Tezpur Lunatic Asylum reports 1877-1894 - 1877-1894
Year: 1877
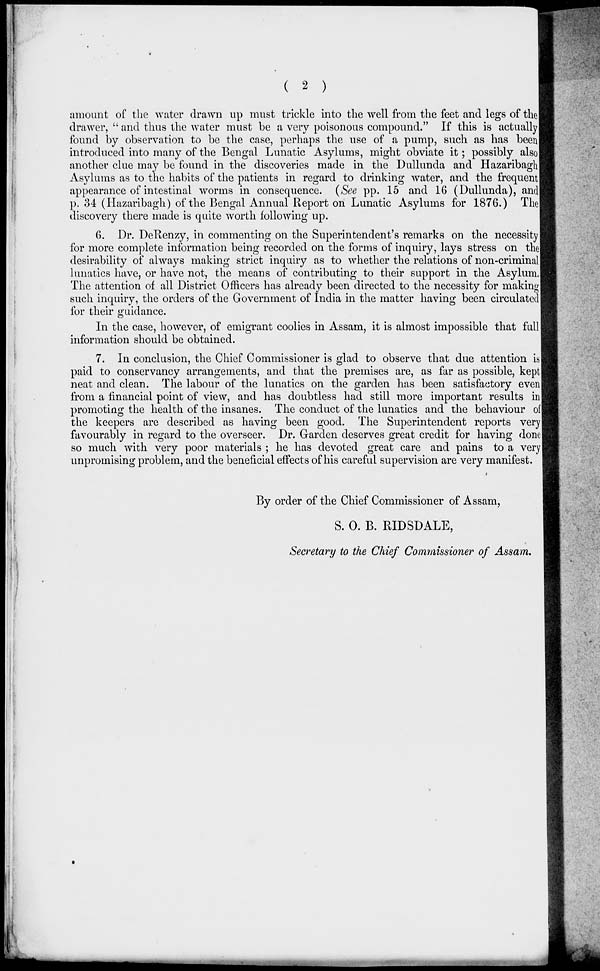
( 2 )
amount of the water drawn up must trickle into the well from the feet and legs of the
drawer, " and thus the water must be a very poisonous compound." If this is actually
found by observation to be the case, perhaps the use of a pump, such as has been
introduced into many of the Bengal Lunatic Asylums, might obviate it; possibly also
another clue may be found in the discoveries made in the Dullunda and Hazaribagh
Asylums as to the habits of the patients in regard to drinking water, and the frequent
appearance of intestinal worms in consequence. (See pp. 15 and 16 (Dullunda), and
p. 34 (Hazaribagh) of the Bengal Annual Report on Lunatic Asylums for 1876.) The
discovery there made is quite worth following up.
6. Dr. DeRenzy, in commenting on the Superintendent's remarks on the necessity!
for more complete information being recorded on the forms of inquiry, lays stress on the
desirability of always making strict inquiry as to whether the relations of non-criminal
lunatics have, or have not, the means of contributing to their support in the Asylum.
The attention of all District Officers has already been directed to the necessity for making
such inquiry, the orders of the Government of India in the matter having been circulated
for their guidance.
In the case, however, of emigrant coolies in Assam, it is almost impossible that full]
information should be obtained.
7. In conclusion, the Chief Commissioner is glad to observe that due attention is
paid to conservancy arrangements, and that the premises are, as far as possible, kept
neat and clean. The labour of the lunatics on the garden has been satisfactory even
from a financial point of view, and has doubtless had still more important results in
promoting the health of the insanes. The conduct of the lunatics and the behaviour of
the keepers are described as having been good. The Superintendent reports very
favourably in regard to the overseer. Dr. Garden deserves great credit for having done
so much with very poor materials ; he has devoted great care and pains to a very
unpromising problem, and the beneficial effects of his careful supervision are very manifest.
I
By order of the Chief Commissioner of Assam,
S. 0. B. RIDSDALE,
Secretary to the Chief Commissioner of Assam.